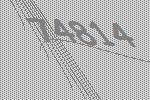
74814